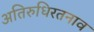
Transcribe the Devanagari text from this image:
अतिरुधिरतनाव